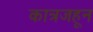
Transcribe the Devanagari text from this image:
कात्रजहून